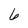
Character: 6